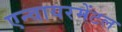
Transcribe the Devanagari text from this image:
एन्वायरमेंटल